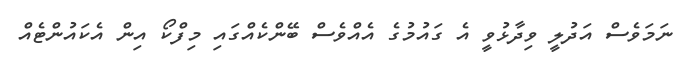
ނަމަވެސް އަދުލީ ވިދާޅުވީ އެ ގައުމުގެ އެއްވެސް ބޭންކެއްގައި މިފްކޯ އިން އެކައުންޓެއް